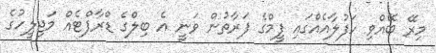
މިރޭ ބޭއްވި ހަފުލާއެއްގައި ފީމްގެ ފަރާތުން ވަނީ އެ ބިލްގެ ޑްރާފްޓެއް މަޖިލީހުގެ